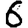
Digit: 6